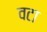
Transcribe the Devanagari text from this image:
वटा